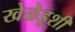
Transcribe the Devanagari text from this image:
खेळेडूशी